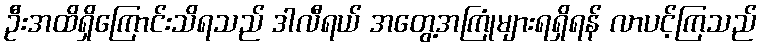
ဦးအထိရှိကြောင်းသိရသည် ဒါလီရယ် အတွေ့အကြုံများရရှိရန် လာပင့်ကြသည်